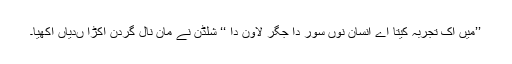
’’میں اک تجربہ کیتا اے انسان نوں سور دا جگر لاون دا ‘‘ شلڈن نے مان نال گردن اکڑا ںدیاں آکھیا۔